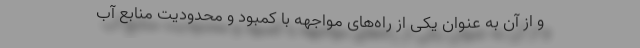
و از آن به عنوان یکی از راه‌های مواجهه با کمبود و محدودیت منابع آب